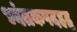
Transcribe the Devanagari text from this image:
भ्वंतकपदहद्ध